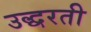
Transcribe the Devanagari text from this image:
उद्धरती